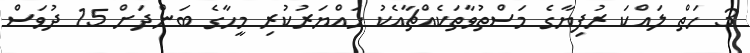
3 ހަތް ލައްކަ ރުފިޔާގެ މަސްތުވާތަކެއްޗާއެކު ހައްޔަރުކުރި މީހާގެ ބަންދަށް 15 ދުވަސް